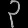
Digit: ၃